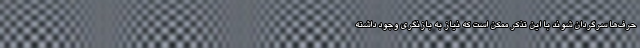
حرف‌ها سرگردان شوند با این تذکر ممکن است که نیاز به بازنگری وجود داشته